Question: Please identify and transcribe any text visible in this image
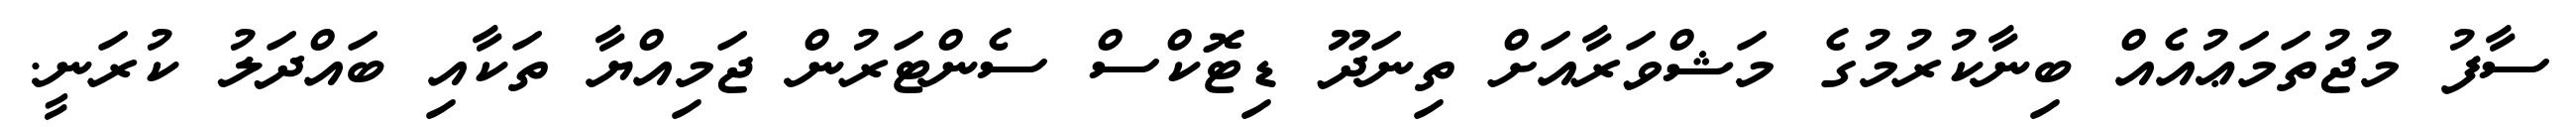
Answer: ސާފު މުޖުތަމަޢުއެއް ބިނާކުރުމުގެ މަޝްވަރާއަށް ތިނަދޫ ޑިޓޮކްސް ސެންޓަރުން ޖަމިއްޔާ ތަކާއި ބައްދަލު ކުރަނީ.